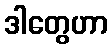
ဒါတွေဟာ